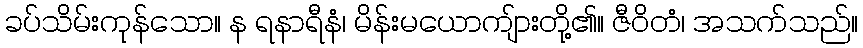
ခပ်သိမ်းကုန်သော။ န ရနာရီနံ၊ မိန်းမယောကျ်ားတို့၏။ ဇီဝိတံ၊ အသက်သည်။